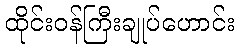
ထိုင်းဝန်ကြီးချုပ်ဟောင်း